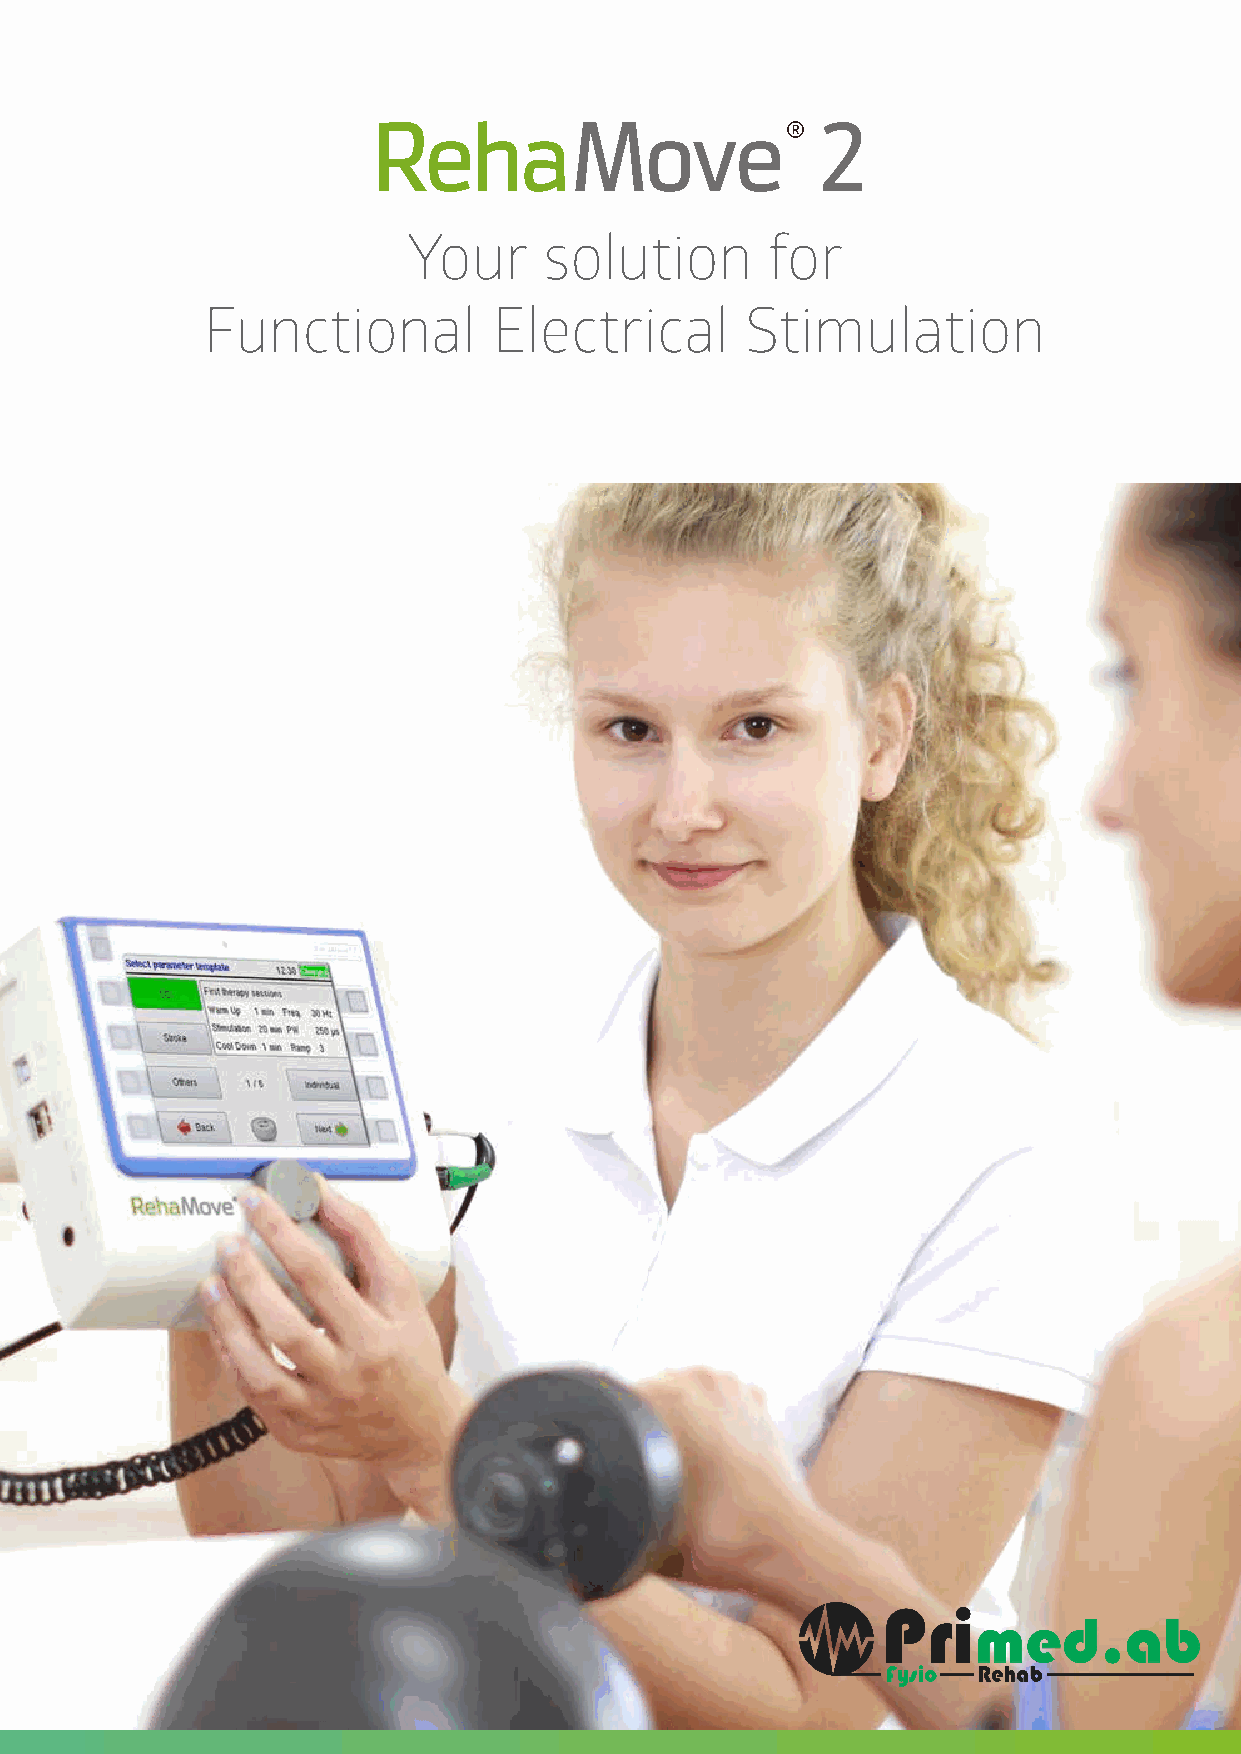
Your     solution       for
 Functional          Electrical      Stimulation